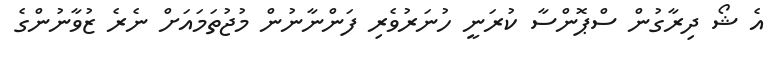
އެ ޝޯ ދިރާގުން ސްޕޮންސާ ކުރަނީ ހުނަރުވެރި ފަންނާނުން މުޖުތަމައަށް ނެރެ ޒުވާނުންގެ